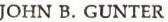
JOHN B. GUNTER